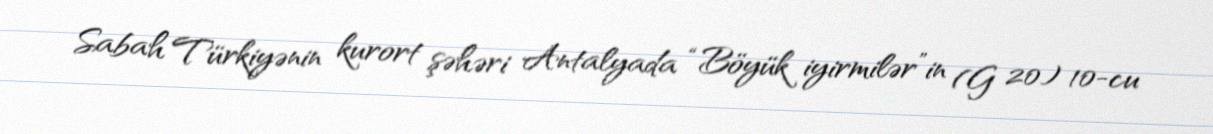
Sabah Türkiyənin kurort şəhəri Antalyada “Böyük iyirmilər”in (G 20) 10-cu